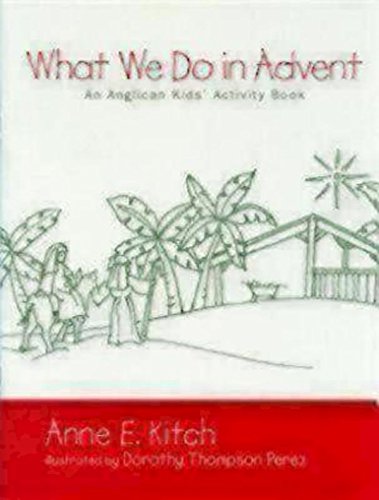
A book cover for What We Do in Advent: An Anglican Kids' Activity Book; Anne E. Kitch; Religion & Spirituality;